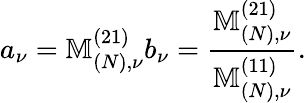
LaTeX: a_{\nu}=\mathbb{M}_{(N),\nu}^{(21)}b_{\nu}=\frac{\mathbb{M}_{(N),\nu}^{(21)}}{\mathbb{M}_{(N),\nu}^{(11)}}.